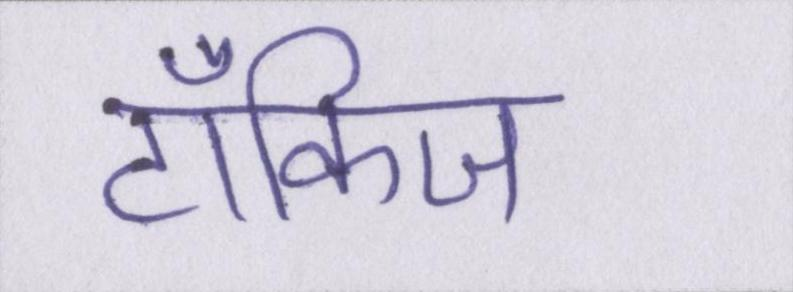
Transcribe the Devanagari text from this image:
टॉकिज